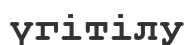
үгітілу